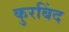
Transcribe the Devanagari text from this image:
कुरबिंद